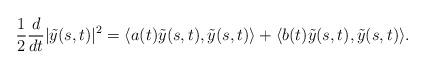
LaTeX: \begin{align*}\frac{1}{2}\frac{d}{dt}|\tilde{y}(s,t)|^2&=\langle a(t)\tilde{y}(s,t),\tilde{y}(s,t) \rangle+\langle b(t)\tilde{y}(s,t),\tilde{y}(s,t) \rangle.\end{align*}